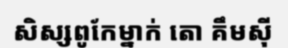
សិស្សពូកែម្នាក់ តោ គឹមស៊ី